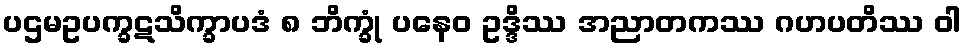
ပဌမဥပက္ခဋသိက္ခာပဒံ ၈ ဘိက္ခုံ ပနေဝ ဥဒ္ဒိဿ အညာတကဿ ဂဟပတိဿ ဝါ